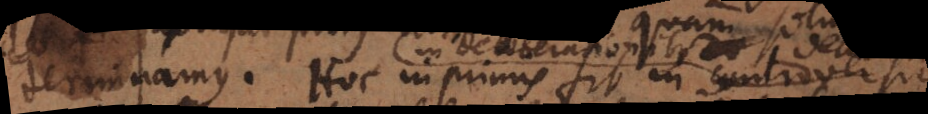
terminamus. Hoc inprimis fit in controversiis